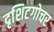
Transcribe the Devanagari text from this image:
दृशिटगोचर